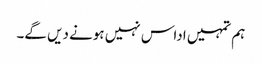
ہم تمہیں اداس نہیں ہونے دیں گے۔